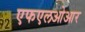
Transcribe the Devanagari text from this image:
एफएलओआर